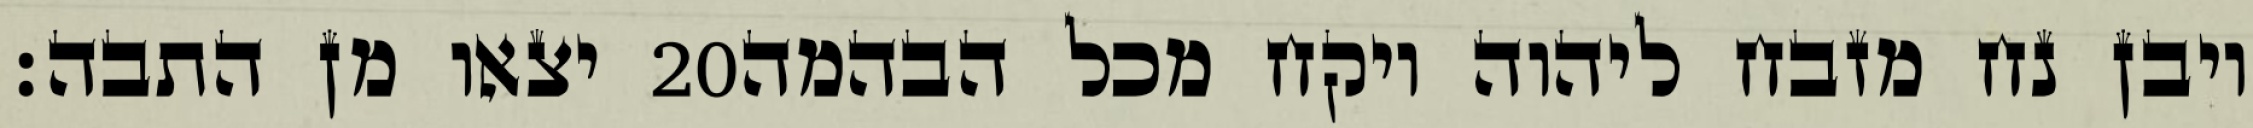
יצאו מן התבה׃ ‎20‏ ויבן נח מזבח ליהוה ויקח מכל הבהמה